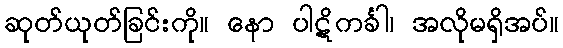
ဆုတ်ယုတ်ခြင်းကို။ နော ပါဋိကင်္ခါ၊ အလိုမရှိအပ်။